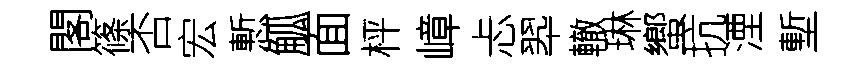
閣篠否宏慙觚面枰嶂忐翆轍琳蠁抗湮塹